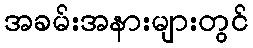
အခမ်းအနားများတွင်